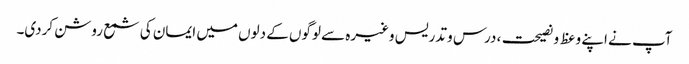
آپ نے اپنے وعظ و نصیحت، درس و تدریس وغیرہ سے لوگوں کے دلوں میں ایمان کی شمع روشن کردی۔